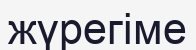
жүрегіме